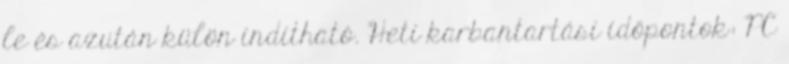
le és azután külön indítható. Heti karbantartási időpontok: PC